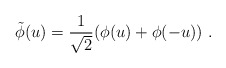
\begin{align*}\tilde{\phi}(u) = \frac{1}{\sqrt{2}} (\phi (u)+\phi (-u)) \ .\end{align*}